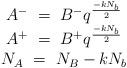
LaTeX: \begin{align*} \begin{array}{c} A^-~=~B^-q^{-kN_b\over 2}\\ A^+~=~B^+q^{-kN_b\over 2}\\ N_A~=~N_B-k N_b \end{array}\end{align*}